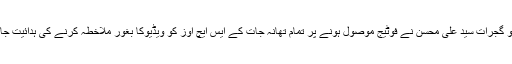
ڈی پی او گجرات سید علی محسن نے فوٹیج موصول ہونے پر تمام تھانہ جات کے ایس ایچ اوز کو ویڈیوکا بغور ملاخطہ کرنے کی ہدائیت جاری کی۔